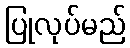
ပြုလုပ်မည်